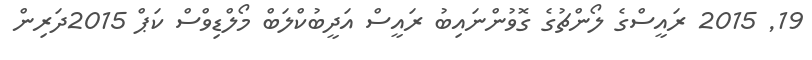
19